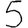
Digit: 5